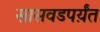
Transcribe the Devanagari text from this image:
सासवडपर्य़ंत